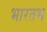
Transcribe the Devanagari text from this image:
भारतभ